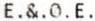
E.&.0.E.